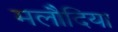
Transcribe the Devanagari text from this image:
मलौदिया